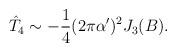
LaTeX: \begin{align*}\hat{T}_4 \sim -\frac{1}{4} (2 \pi \alpha')^2 J_3 (B).\end{align*}